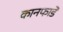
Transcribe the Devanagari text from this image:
कानफाडे